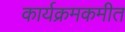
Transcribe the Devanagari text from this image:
कार्यक्रमकमीत